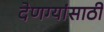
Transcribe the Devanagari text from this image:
देणग्यांसाठी